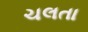
ચલતા